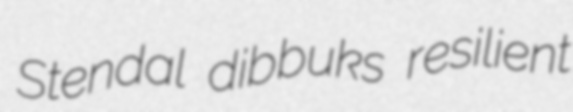
Stendal dibbuks resilient